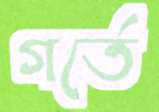
গর্তে